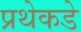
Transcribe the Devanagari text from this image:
प्रथेकडे